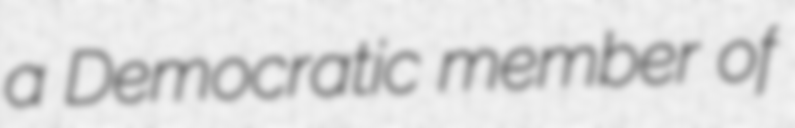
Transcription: a Democratic member of